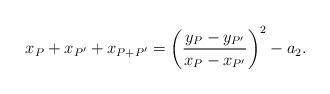
\begin{align*}x_P+x_{P'}+x_{P+P'}=\left( \frac{y_P-y_{P'}}{x_P-x_{P'}} \right)^2 -a_2.\end{align*}